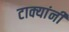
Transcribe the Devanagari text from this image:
टाक्यांनी